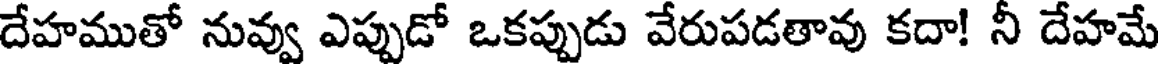
దేహముతో నువ్వు ఎప్పుడో ఒకప్పుడు వేరుపడతావు కదా! నీ దేహమే